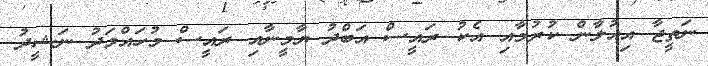
ނަތީޖާ އިއުލާން ކުރުމާއި އެކު ރައީސް އަބްދު ޔާމީނާއި ރައީސް މުހައްމަދު ނަޝީދު